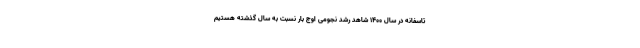
تاسفانه در سال 1400 شاهد رشد نجومی اوج بار نسبت به سال گذشته هستیم